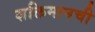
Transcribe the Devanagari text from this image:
शक्तिमानची